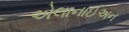
એલાનાઈઅન